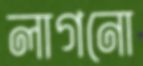
লাগনো